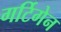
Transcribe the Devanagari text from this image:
गर्टिगेन